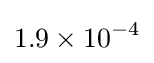
1.9\times 10^{-4}